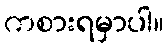
ကစားရမှာပါ။